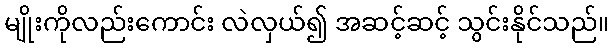
မျိုးကိုလည်းကောင်း လဲလှယ်၍ အဆင့်ဆင့် သွင်းနိုင်သည်။